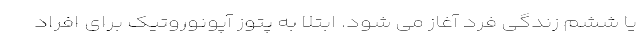
یا ششم زندگی فرد آغاز می شود. ابتلا به پتوز آپونوروتیک برای افراد